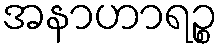
အနာဟာရဉ္စ